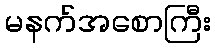
မနက်အစောကြီး